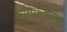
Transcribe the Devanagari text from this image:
भूमिकेवरच